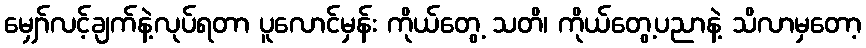
မျှော်လင့်ချက်နဲ့လုပ်ရတာ ပူလောင်မှန်း ကိုယ်တွေ့ သတိ၊ ကိုယ်တွေ့ပညာနဲ့ သိလာမှတော့